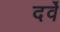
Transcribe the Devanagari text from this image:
दर्वे